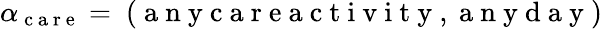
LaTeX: \alpha_{\mathrm{~c~a~r~e~}}=\mathrm{~(~a~n~y~c~a~r~e~a~c~t~i~v~i~t~y~,~a~n~y~d~a~y~)~}